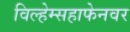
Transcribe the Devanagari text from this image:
विल्हेम्सहाफेनवर